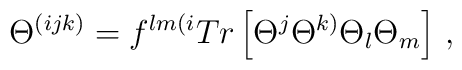
\Theta^{(ijk)}=f^{lm(i}Tr\left[\Theta^j\Theta^{k)}\Theta_l\Theta_m\right]\,,